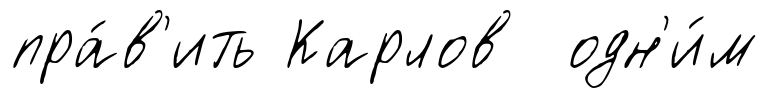
пра́в'ить Карлов одн'и́м